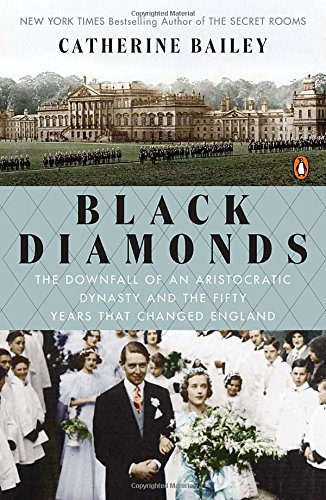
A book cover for Black Diamonds: The Downfall of an Aristocratic Dynasty and the Fifty Years That Changed England; Catherine Bailey; History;